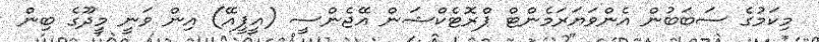
މިކަމުގެ ސަބަބުން އެންވަޔަރަމެންޓް ޕްރޮޓެކްޝަން އޭޖެންސީ (އީޕީއޭ) އިން ވަނީ މީދޫގެ ބިން